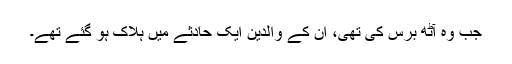
جب وہ آٹھ برس کی تھی، ان کے والدین ایک حادثے میں ہلاک ہو گئے تھے۔